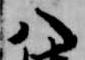
八